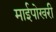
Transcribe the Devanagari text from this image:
माईपोखरी